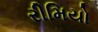
રીમિયો